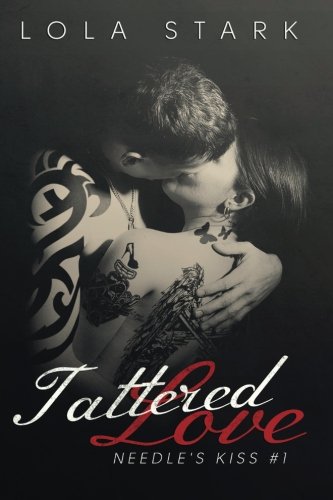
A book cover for Tattered Love (Needle's Kiss); Lola Stark; Romance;